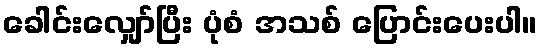
ခေါင်းလျှော်ပြီး ပုံစံ အသစ် ပြောင်းပေးပါ။